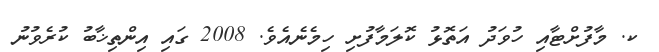
ކ. މާފުށްޓާއި ހުވަދު އަތޮޅު ކޮލަމާފުށި ހިމެނެއެވެ. 2008 ގައި އިންތިޚާބު ކުރެވުނު